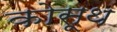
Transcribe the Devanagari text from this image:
कोसूथ